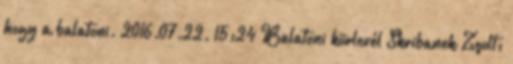
hogy a balatoni. 2016.07.22. 15:24 Balatoni körlevél Skribanek Zsolt: